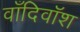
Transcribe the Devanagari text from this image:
वाँदिवॉश